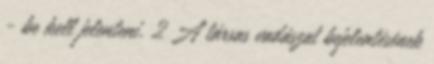
- be kell jelenteni. 2 A társas vadászat bejelentésének